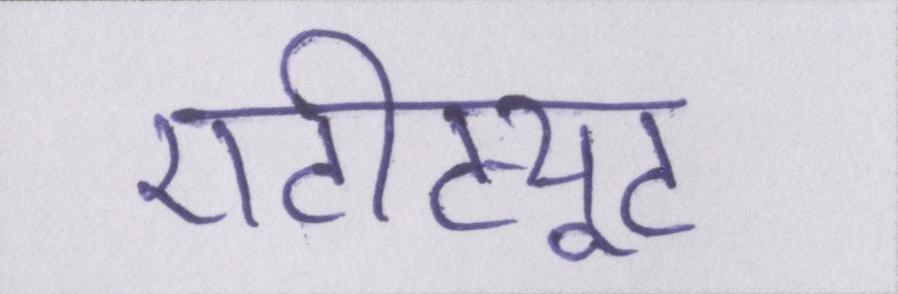
एटीट्यूट